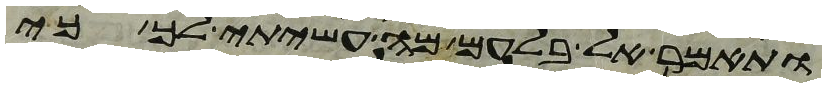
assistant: ותאמר אל בלעם מה עשיתי לך כי